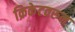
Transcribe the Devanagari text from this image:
क्रिकेटवरुन